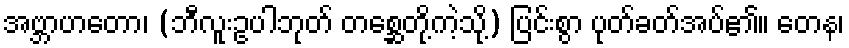
အဗ္ဘာဟတော၊ (ဘီလူးဥပါဘုတ် တစ္ဆေတို့ကဲ့သို့) ပြင်းစွာ ပုတ်ခတ်အပ်၏။ တေန၊